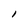
Character: 1